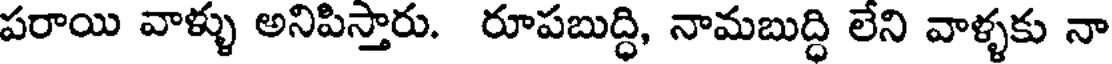
పరాయి వాళ్ళు అనిపిస్తారు. రూపబుద్ధి, నామబుద్ధి లేని వాళ్ళకు నా